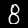
Label: 8